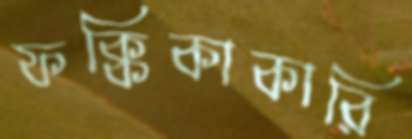
ফক্কিকাকারি